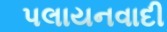
પલાયનવાદી